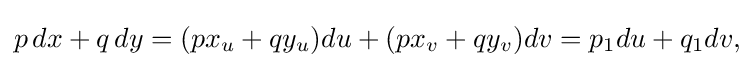
\displaystyle {p\,dx+q\,dy=(px_{u}+qy_{u})du+(px_{v}+qy_{v})dv=p_{1}du+q_{1}dv,}